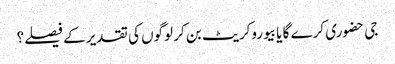
جی حضوری کرے گا یا بیوروکریٹ بن کر لوگوں کی تقدیر کے فیصلے؟